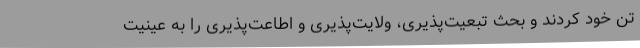
تن خود کردند و بحث تبعیت‌پذیری، ولایت‌پذیری و اطاعت‌پذیری را به عینیت